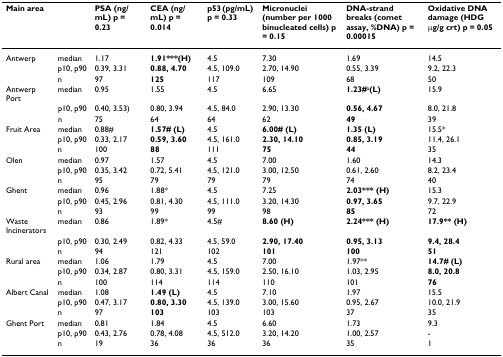
<table><thead><tr><td><b>Main area</b></td><td></td><td><b>PSA (ng/mL) p = 0.23</b></td><td><b>CEA (ng/mL) p = 0.014</b></td><td><b>p53 (pg/mL) p = 0.33</b></td><td><b>Micronuclei (number per 1000 binucleated cells) p = 0.15</b></td><td><b>DNA-strand breaks (comet assay, %DNA) p = 0.00015</b></td><td><b>Oxidative DNA damage (HDG μg/g crt) p = 0.05</b></td></tr></thead><tbody><tr><td>Antwerp</td><td>median</td><td>1.17</td><td><b>1.91***(H)</b></td><td>4.5</td><td>7.30</td><td>1.69</td><td>14.5</td></tr><tr><td></td><td>p10, p90</td><td>0.39, 3.31</td><td><b>0.88, 4.70</b></td><td>4.5, 109.0</td><td>2.70, 14.90</td><td>0.55, 3.39</td><td>9.2, 22.3</td></tr><tr><td></td><td>n</td><td>97</td><td><b>125</b></td><td>117</td><td>109</td><td>68</td><td>50</td></tr><tr><td>Antwerp Port</td><td>median</td><td>0.95</td><td>1.55</td><td>4.5</td><td>6.65</td><td><b>1.23#</b><sup>a</sup><b>(L)</b></td><td>15.9</td></tr><tr><td></td><td>p10, p90</td><td>0.40, 3.53)</td><td>0.80, 3.94</td><td>4.5, 84.0</td><td>2.90, 13.30</td><td><b>0.56, 4.67</b></td><td>8.0, 21.8</td></tr><tr><td></td><td>n</td><td>75</td><td>64</td><td>64</td><td>62</td><td><b>49</b></td><td>39</td></tr><tr><td>Fruit Area</td><td>median</td><td>0.88#</td><td><b>1.57# (L)</b></td><td>4.5</td><td><b>6.00# (L)</b></td><td><b>1.35 (L)</b></td><td>15.5*</td></tr><tr><td></td><td>p10, p90</td><td>0.33, 2.17</td><td><b>0.59, 3.60</b></td><td>4.5, 161.0</td><td><b>2.30, 14.10</b></td><td><b>0.85, 3.19</b></td><td>11.4, 26.1</td></tr><tr><td></td><td>n</td><td>100</td><td><b>88</b></td><td>111</td><td><b>75</b></td><td><b>44</b></td><td>35</td></tr><tr><td>Olen</td><td>median</td><td>0.97</td><td>1.57</td><td>4.5</td><td>7.00</td><td>1.60</td><td>14.3</td></tr><tr><td></td><td>p10, p90</td><td>0.35, 3.42</td><td>0.72, 5.41</td><td>4.5, 121.0</td><td>3.00, 12.50</td><td>0.61, 2.60</td><td>8.2, 23.4</td></tr><tr><td></td><td>n</td><td>95</td><td>79</td><td>79</td><td>79</td><td>74</td><td>40</td></tr><tr><td>Ghent</td><td>median</td><td>0.96</td><td>1.88*</td><td>4.5</td><td>7.25</td><td><b>2.03*** (H)</b></td><td>15.3</td></tr><tr><td></td><td>p10, p90</td><td>0.45, 2.96</td><td>0.81, 4.30</td><td>4.5, 111.0</td><td>3.20, 14.30</td><td><b>0.97, 3.65</b></td><td>9.7, 22.9</td></tr><tr><td></td><td>n</td><td>93</td><td>99</td><td>99</td><td>98</td><td><b>85</b></td><td>72</td></tr><tr><td>Waste Incinerators</td><td>median</td><td>0.86</td><td>1.89*</td><td>4.5#</td><td><b>8.60 (H)</b></td><td><b>2.24*** (H)</b></td><td><b>17.9** (H)</b></td></tr><tr><td></td><td>p10, p90</td><td>0.30, 2.49</td><td>0.82, 4.33</td><td>4.5, 59.0</td><td><b>2.90, 17.40</b></td><td><b>0.95, 3.13</b></td><td><b>9.4, 28.4</b></td></tr><tr><td></td><td>n</td><td>94</td><td>121</td><td>102</td><td><b>101</b></td><td><b>100</b></td><td><b>51</b></td></tr><tr><td>Rural area</td><td>median</td><td>1.06</td><td>1.79</td><td>4.5</td><td>7.00</td><td>1.97**</td><td><b>14.7# (L)</b></td></tr><tr><td></td><td>p10, p90</td><td>0.34, 2.87</td><td>0.80, 3.31</td><td>4.5, 159.0</td><td>2.50, 16.10</td><td>1.03, 2.95</td><td><b>8.0, 20.8</b></td></tr><tr><td></td><td>n</td><td>100</td><td>114</td><td>114</td><td>110</td><td>101</td><td><b>76</b></td></tr><tr><td>Albert Canal</td><td>median</td><td>1.08</td><td><b>1.49 (L)</b></td><td>4.5</td><td>7.10</td><td>1.97</td><td>15.5</td></tr><tr><td></td><td>p10, p90</td><td>0.47, 3.17</td><td><b>0.80, 3.30</b></td><td>4.5, 139.0</td><td>3.00, 15.60</td><td>0.95, 2.67</td><td>10.0, 21.9</td></tr><tr><td></td><td>n</td><td>97</td><td><b>103</b></td><td>103</td><td>103</td><td>37</td><td>35</td></tr><tr><td>Ghent Port</td><td>median</td><td>0.81</td><td>1.84</td><td>4.5</td><td>6.60</td><td>1.73</td><td>9.3</td></tr><tr><td></td><td>p10, p90</td><td>0.43, 2.76</td><td>0.78, 4.08</td><td>4.5, 512.0</td><td>3.20, 14.20</td><td>1.00, 2.57</td><td>-</td></tr><tr><td></td><td>n</td><td>19</td><td>36</td><td>36</td><td>36</td><td>35</td><td>1</td></tr></tbody></table>